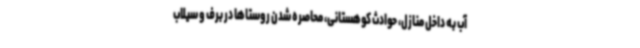
آب به داخل منازل، حوادث کوهستانی، محاصره شدن روستاها در برف و سیلاب